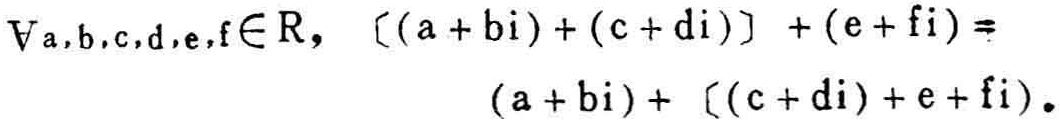
\(\forall a,b,c,d,e,f\in\mathbb{R},\quad [(a + bi)+(c + di)]+(e + fi)=(a + bi)+[(c + di)+e + fi]\)